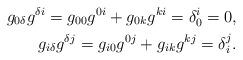
LaTeX: \begin{align*} g_{0 \delta}g^{\delta i} = g_{0 0}g^{0 i} + g_{0 k}g^{k i} = \delta_{0}^{i} = 0, \\ g_{i \delta}g^{\delta j} = g_{i 0}g^{0 j} + g_{i k}g^{k j} = \delta_{i}^{j}. \end{align*}